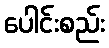
ပေါင်းစည်း